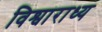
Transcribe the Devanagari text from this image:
विश्वाराध्य